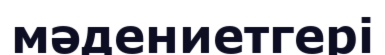
мәдениетгері